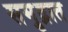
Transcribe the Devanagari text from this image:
समु्द्रात